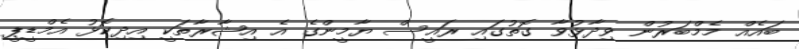
ބައެއް މެމްބަރުން ވިދާޅުވާ ގޮތުގައި ރައީސް ޔާމީންގެ އެ އިޝާރާތަކީ އިދިކޮޅު އެމްޑީޕީ